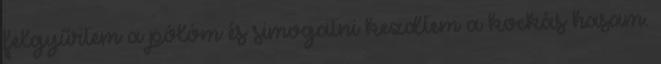
felgyűrtem a pólóm és simogatni kezdtem a kockás hasam.